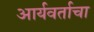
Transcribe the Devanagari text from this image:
आर्यवर्ताचा